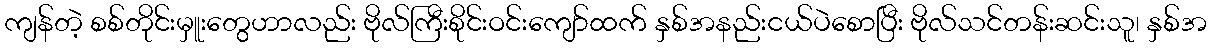
ကျန်တဲ့ စစ်တိုင်းမှူးတွေဟာလည်း ဗိုလ်ကြီးစိုင်းဝင်းကျော်ထက် နှစ်အနည်းငယ်ပဲစောပြီး ဗိုလ်သင်တန်းဆင်းသူ၊ နှစ်အ